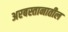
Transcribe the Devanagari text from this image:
अरबस्तानातील